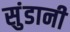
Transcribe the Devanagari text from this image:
सुंडानी